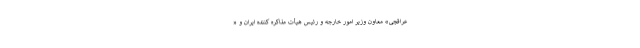
عراقچی» معاون وزیر امور خارجه و رئیس هیأت مذاکره‌ کننده ایران و «